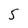
Character: 5